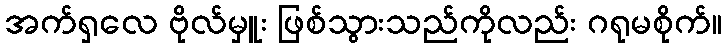
အက်ရှလေ ဗိုလ်မှူး ဖြစ်သွားသည်ကိုလည်း ဂရုမစိုက်။